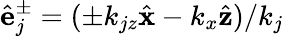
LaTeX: \hat{\mathbf e}_{j}^{\pm}=(\pm k_{jz}\hat{\mathbf x}-k_{x}\hat{\mathbf z})/k_{j}